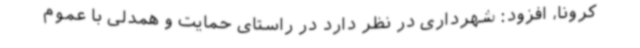
کرونا، افزود: شهرداری در نظر دارد در راستای حمایت و همدلی با عموم